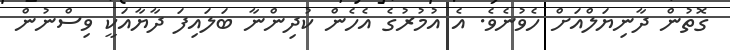
ގޮތުން ދާނިޔަލްއަށް ހެވުނެވެ. އެ އުމުރުގެ އެހެން ކުދިންނާ ބަލައިފަ ދާޔާއަކީ ވިސްނުން